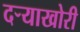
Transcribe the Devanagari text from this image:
दऱ्‍याखोरी